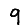
Digit: 9